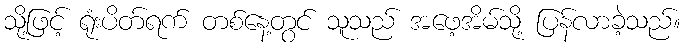
သို့ဖြင့် ရုံးပိတ်ရက် တစ်နေ့တွင် သူသည် အဖေ့အိမ်သို့ ပြန်လာခဲ့သည်။